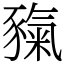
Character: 𧱲